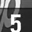
Digit: 5